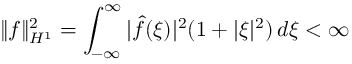
\| f \| _ { H ^ { 1 } } ^ { 2 } = \int _ { - \infty } ^ { \infty } | { \widehat { f } } ( \xi ) | ^ { 2 } ( 1 + | \xi | ^ { 2 } ) \, d \xi < \infty